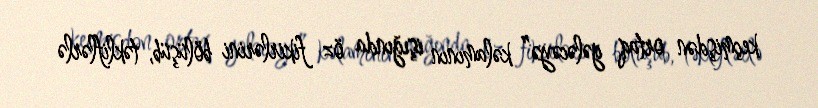
keçmişdən ortaq gələcəyə” kəlamının işığında öz fikirlərini bölüşüb, təkliflərlə